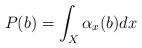
LaTeX: \begin{align*} P(b) = \int_X \alpha_x(b) dx\end{align*}